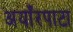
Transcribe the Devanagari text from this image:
अयाँरपाटा